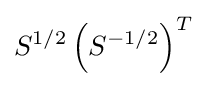
S^{1/2}\left(S^{-1/2}\right)^{T}